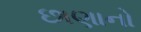
છાણાનો